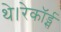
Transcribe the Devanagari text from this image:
थे।रेकॉर्ड्स